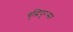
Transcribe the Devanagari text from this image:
बुद्धिपुरःसर